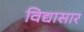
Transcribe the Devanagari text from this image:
विद्यासार